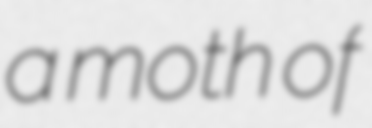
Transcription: a moth of